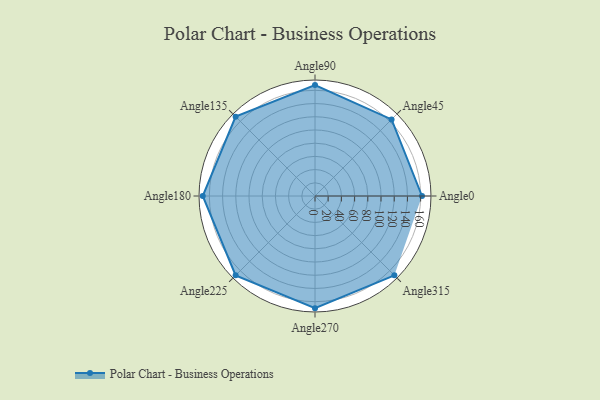
{"axis": {"x": "Angle", "y": "Radius"}, "legend": [""], "data": [{"x": "Angle0", "y": 162.0, "type": ""}, {"x": "Angle45", "y": 164.0, "type": ""}, {"x": "Angle90", "y": 168.0, "type": ""}, {"x": "Angle135", "y": 170, "type": ""}, {"x": "Angle180", "y": 170, "type": ""}, {"x": "Angle225", "y": 170, "type": ""}, {"x": "Angle270", "y": 170, "type": ""}, {"x": "Angle315", "y": 170, "type": ""}]}